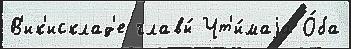
В'ик'исклад'е главы́ Чт'и́маjа О́ба